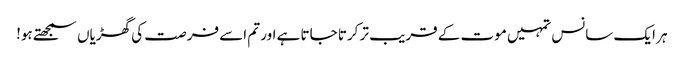
ہر ایک سانس تمہیں موت کے قریب تر کرتا جاتا ہے اور تم اسے فرصت کی گھڑیاں سمجھتے ہو!